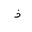
Letter: _thal